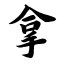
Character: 拿